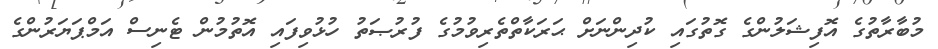
މުބާރާތުގެ އޮފިޝަލުންގެ ގޮތުގައި ކުދިންނަށް ޙަރަކާތްތެރިވުމުގެ ފުރުޞަތު ހުޅުވިފައި އޮތުމުން ޓެނިސް އަމްޕަޔަރުންގެ